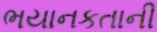
ભયાનકતાની